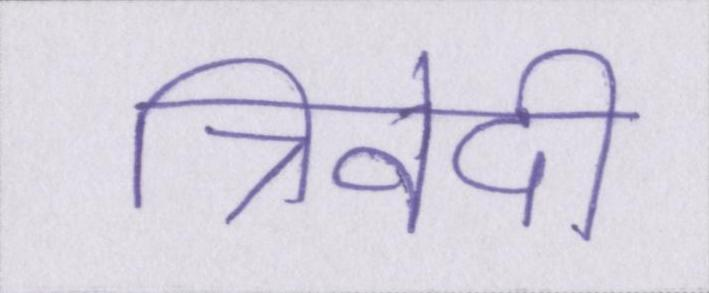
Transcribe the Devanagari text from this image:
त्रिवेदी